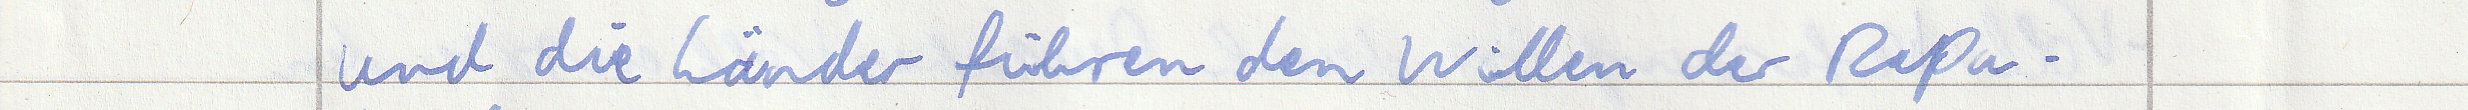
und die Länder führen den Willen der Repu -